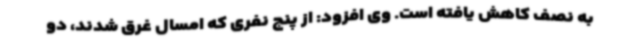
به نصف کاهش یافته است. وی افزود: از پنج نفری که امسال غرق شدند، دو